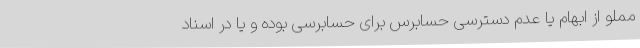
مملو از ابهام یا عدم دسترسی حسابرس برای حسابرسی بوده و یا در اسناد